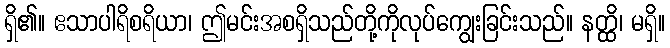
ရှိ၏။ ဧသာပါရိစရိယာ၊ ဤမင်းအစရှိသည်တို့ကိုလုပ်ကျွေးခြင်းသည်။ နတ္ထိ၊ မရှိ။